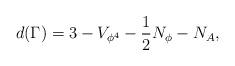
LaTeX: \begin{align*}d(\Gamma)=3-V_{\phi^4}-\frac{1}{2}N_\phi-N_A,\end{align*}